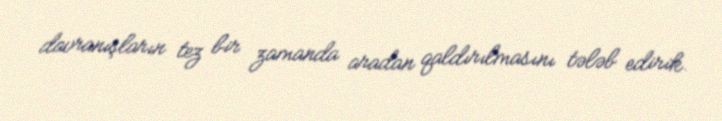
davranışların tez bir zamanda aradan qaldırılmasını tələb edirik.